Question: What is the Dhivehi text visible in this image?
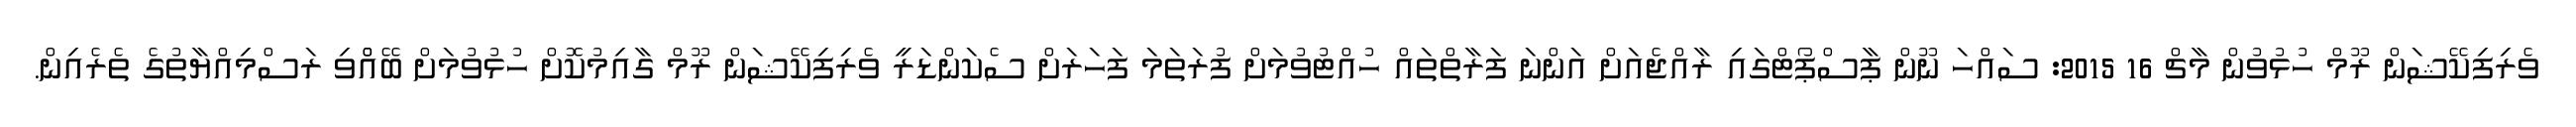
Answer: ވެރިފިކޭޝަން ރޫމް ހުޅުވުން މާޗް 16 2015: ސައްހަ ނޫން ޕާސްޕޯޓްގައި ރާއްޖެއަށް އަންނަ ފަރާތްތައް ހުއްޓުވުމަށް ފުރަތަމަ ފަހަރަށް ސެކަންޑަރީ ވެރިފިކޭޝަން ރޫމް ގާއިމުކޮށް ހުޅުވުމަށް ބޭއްްވި ރަސްމިއްޔާތުގެ ތެރެއިން.